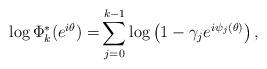
LaTeX: \begin{align*}\log \Phi^*_k(e^{i\theta}) = & \sum_{j=0}^{k-1} \log \left( 1 - \gamma_{j} e^{i \psi_{j}(\theta) } \right),\end{align*}